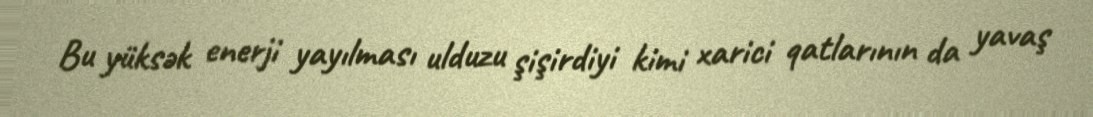
Bu yüksək enerji yayılması ulduzu şişirdiyi kimi xarici qatlarının da yavaş